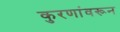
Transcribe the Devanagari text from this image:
कुरणांवरून